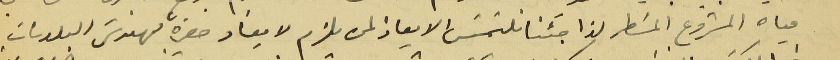
مياه المشروع المسَطر لذا جَئنا نلتمسَ الايعاز لمن يلزم لايفاد حضرة مهندسَ البلديات